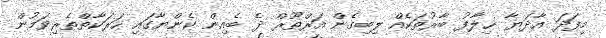
މިފަދަ އާދަޔާ ޚިލާފު ބާރުތަކެއް ލިބިގެން އަރްތޫރް ދެ ބެއިން ކެންޔާގައި ހަރަކާތްތެރިވަމުން